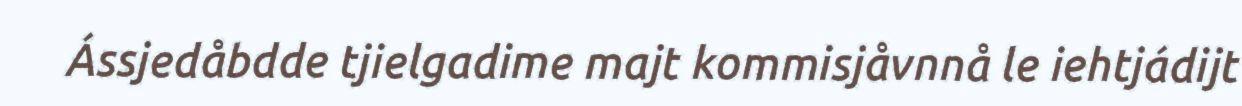
Ássjedåbdde tjielgadime majt kommisjåvnnå le iehtjádijt